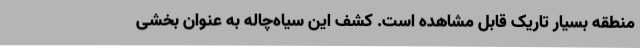
منطقه بسیار تاریک قابل مشاهده است. کشف این سیاه‌چاله به عنوان بخشی